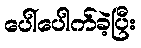
ပေါ်ပေါက်ခဲ့ပြီး